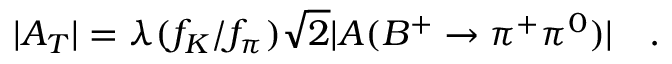
| A _ { T } | = \lambda ( f _ { K } / f _ { \pi } ) \sqrt { 2 } | A ( B ^ { + } \to \pi ^ { + } \pi ^ { 0 } ) | ~ ~ ~ .